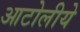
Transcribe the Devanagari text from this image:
आटोलीये